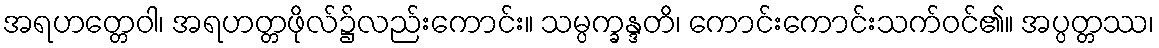
အရဟတ္တေဝါ၊ အရဟတ္တဖိုလ်၌လည်းကောင်း။ သမ္ပက္ခန္ဒတိ၊ ကောင်းကောင်းသက်ဝင်၏။ အပ္ပတ္တဿ၊